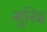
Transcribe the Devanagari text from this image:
मुरिद